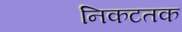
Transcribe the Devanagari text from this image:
निकटतक